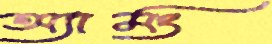
অ্যামং